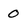
Character: 0